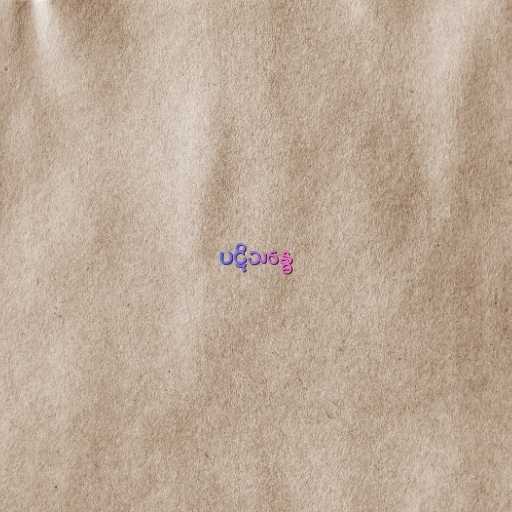
ပဋိသန္ဓေ